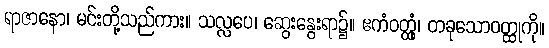
ရာဇာနော၊ မင်းတို့သည်ကား။ သလ္လပေ၊ ဆွေးနွေးရာ၌။ ဧကံဝတ္ထုံ၊ တခုသောဝတ္ထုကို။